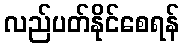
လည်ပတ်နိုင်စေရန်